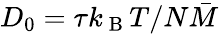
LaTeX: D_{0}=\tau k_{\mathrm{~B~}}T/N\bar{M}